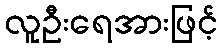
လူဦးရေအားဖြင့်